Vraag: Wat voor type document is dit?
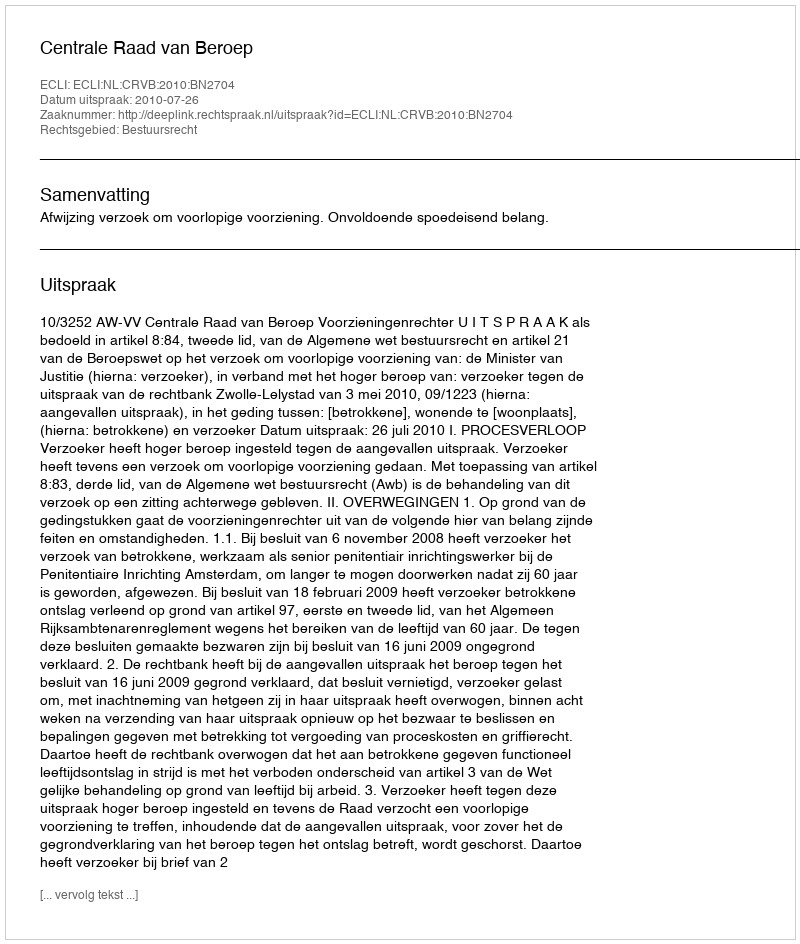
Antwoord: Uitspraak